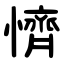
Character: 懠